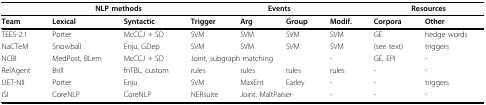
<table><thead><tr><td></td><td colspan="2"><b>NLP methods</b></td><td colspan="4"><b>Events</b></td><td colspan="2"><b>Resources</b></td></tr></thead><tbody><tr><td><b>Team</b></td><td><b>Lexical</b></td><td><b>Syntactic</b></td><td><b>Trigger</b></td><td><b>Arg</b></td><td><b>Group</b></td><td><b>Modif.</b></td><td><b>Corpora</b></td><td><b>Other</b></td></tr><tr><td>TEES-2.1</td><td>Porter</td><td>McCCJ + SD</td><td>SVM</td><td>SVM</td><td>SVM</td><td>SVM</td><td>GE</td><td>hedge words</td></tr><tr><td>NaCTeM</td><td>Snowball</td><td>Enju, GDep</td><td>SVM</td><td>SVM</td><td>SVM</td><td>SVM</td><td>(see text)</td><td>triggers</td></tr><tr><td>NCBI</td><td>MedPost, BLem</td><td>McCCJ + SD</td><td colspan="3">Joint, subgraph matching</td><td>-</td><td>GE, EPI</td><td>-</td></tr><tr><td>RelAgent</td><td>Brill</td><td>fnTBL, custom</td><td>rules</td><td>rules</td><td>rules</td><td>rules</td><td>-</td><td>-</td></tr><tr><td>UET-NII</td><td>Porter</td><td>Enju</td><td>SVM</td><td>MaxEnt</td><td>Earley</td><td>-</td><td>-</td><td>triggers</td></tr><tr><td>ISI</td><td>CoreNLP</td><td>CoreNLP</td><td>NERsuite</td><td colspan="2">Joint, MaltParser</td><td>-</td><td>-</td><td>-</td></tr></tbody></table>